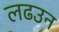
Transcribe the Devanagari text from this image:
लढउन